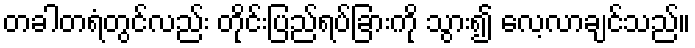
တခါတရံတွင်လည်း တိုင်းပြည်ရပ်ခြားကို သွား၍ လေ့လာချင်သည်။